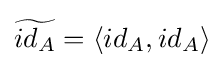
{\widetilde {id_{A}}}=\langle id_{A},id_{A}\rangle